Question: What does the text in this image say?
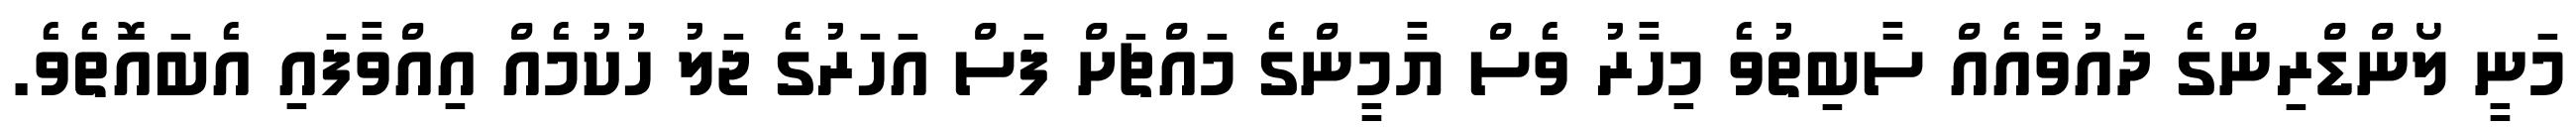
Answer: މަނީ ލޯންޑްރިންގެ ދައުވާއެއް ސާބިތުވެ މިހާރު ވެސް ޔާމީންގެ މައްޗަށް ފަސް އަހަރުގެ ޖަލު ހުކުމެއް އިއްވާފައި އެބައޮތެވެ.